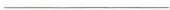
___